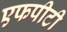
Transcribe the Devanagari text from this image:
एफपीटी